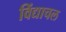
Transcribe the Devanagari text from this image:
विंद्याचल